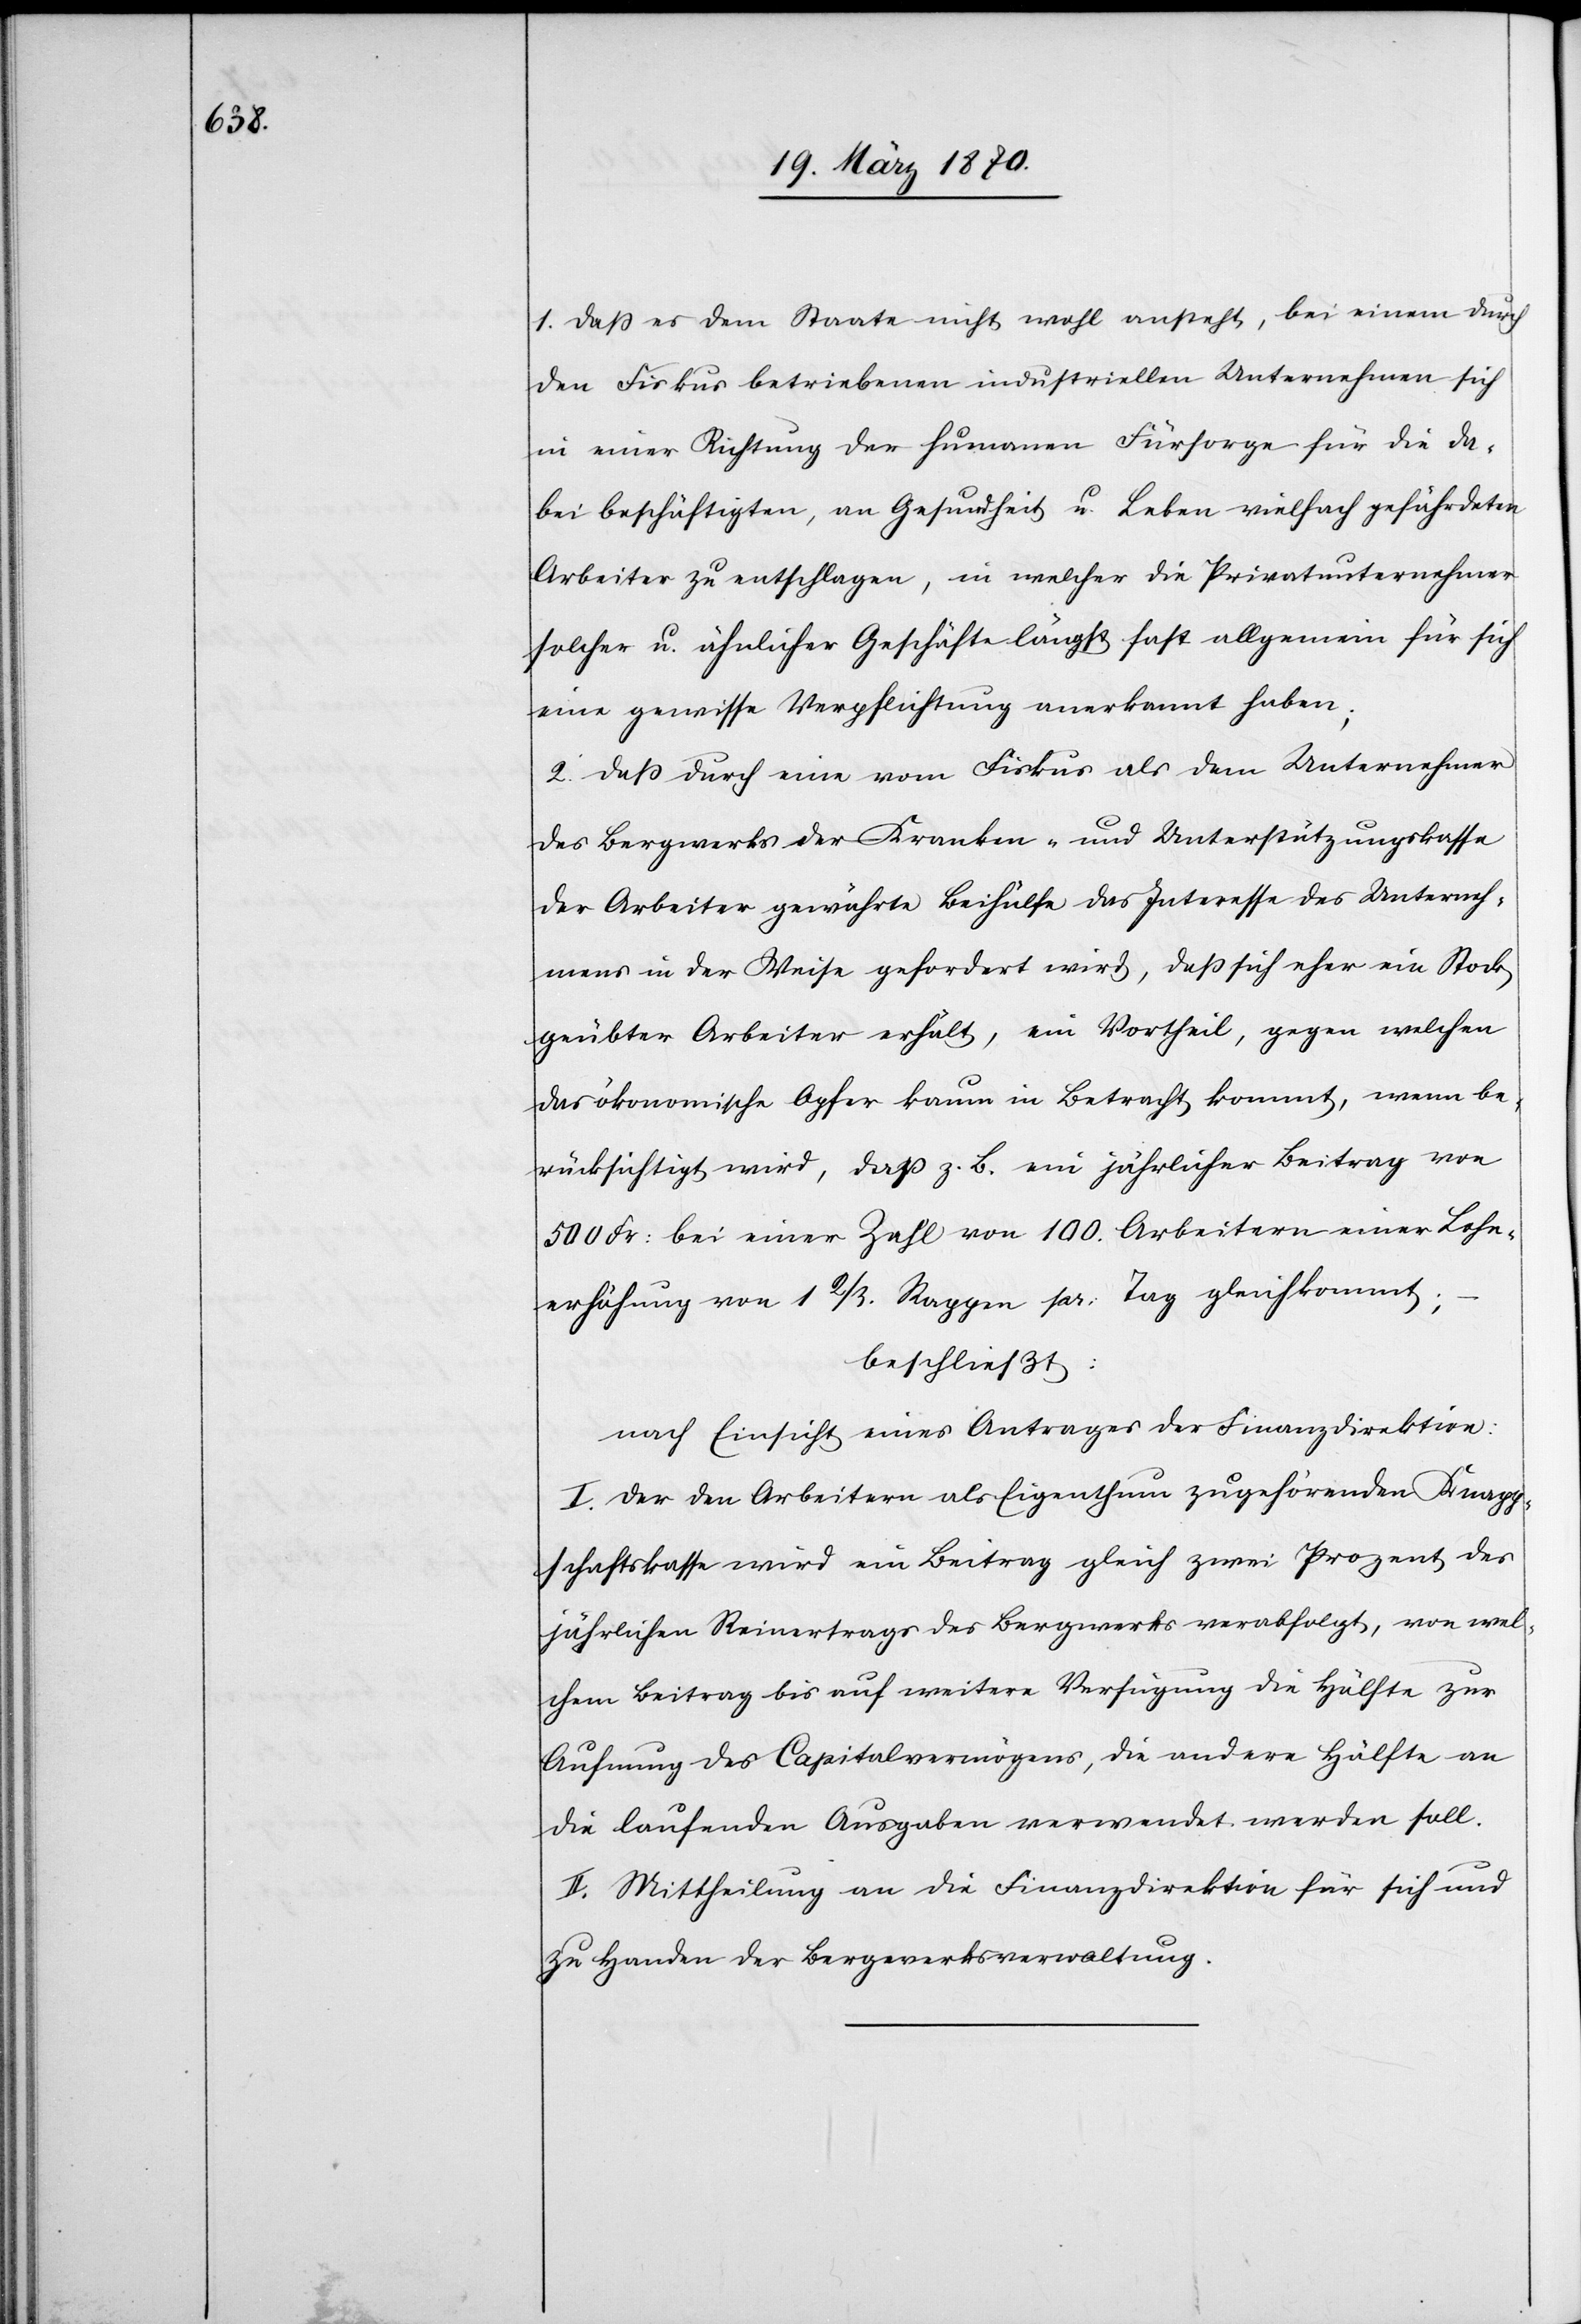
1. Daß es dem Staate nicht wohl ansteht, bei einem durch
den Fiskus betriebenen industriellen Unternehmen sich
in einer Richtung der humanen Fürsorge für die da¬
bei beschäftigten, an Gesundheit u. Leben vielfach gefährdeten
Arbeiter zu entschlagen, in welcher die Privatunternehmer
solcher u. ähnlicher Geschäfte längst fast allgemein für sich
eine gewisse Verpflichtung anerkannt haben;
2. Daß durch eine vom Fiskus als dem Unternehmer
des Bergwerks der Kranken- und Unterstützungskasse
der Arbeiter gewährte Beihülfe das Interesse des Unterneh¬
mens in der Weise gefordert [sic!] wird, daß sich eher ein Stock
geübter Arbeiter erhält, ein Vortheil, gegen welchen
das ökonomische Opfer kaum in Betracht kommt, wenn be¬
rücksichtigt wird, daß z. B. ein jährlicher Beitrag von
500 Fr: bei einer Zahl von 100. Arbeitern einer Lohn¬
erhöhung von 1 2/3 Rappen pr: Tag gleichkommt;
–
beschließt:
nach Einsicht eines Antrages der Finanzdirektion:
I. Der den Arbeitern als Eigenthum zugehörenden Knapp¬
schaftskasse wird ein Beitrag gleich zwei Prozent des
jährlichen Reinertrages des Bergwerks verabfolgt, von wel¬
chem Beitrag bis auf weitere Verfügung die Hälfte zur
Aufnung des Capitalvermögens, die andere Hälfte an
die laufenden Ausgaben verwendet werden soll.
II. Mittheilung an die Finanzdirektion für sich und
zu Handen der Bergwerksverwaltung.